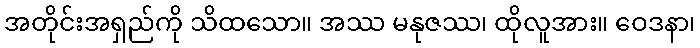
အတိုင်းအရှည်ကို သိထသော။ အဿ မနုဇဿ၊ ထိုလူအား။ ဝေဒနာ၊